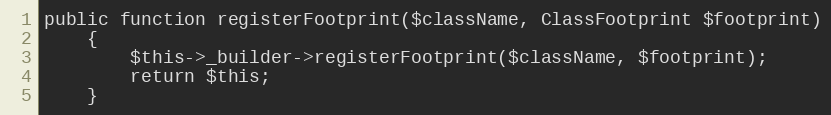
Language: PHP
public function registerFootprint($className, ClassFootprint $footprint)
    {
        $this->_builder->registerFootprint($className, $footprint);
        return $this;
    }